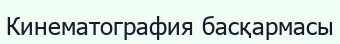
Кинематография басқармасы